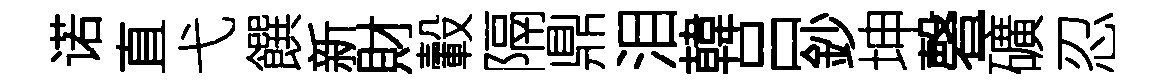
诺直弋饌新財轂隔鼎泪韓吕鈔坤磬-礦忍